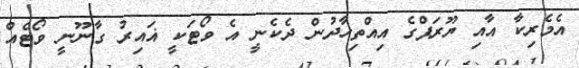
އެމެރިކާ އާއި ޔޫރަޕްގެ އިއްތިހާދުން ދެކެނީ އެ ވޯޓަކީ ޣައިރު ގާނޫނީ ވޯޓެއް